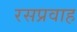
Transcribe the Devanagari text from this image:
रसप्रवाह